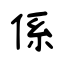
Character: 係